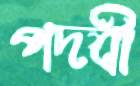
পদবী